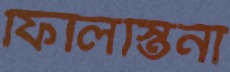
ফিলিস্তিনী